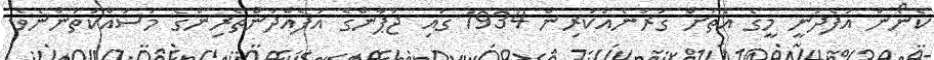
ކެނޯން އުފެދުނީ މީގެ އެތަށް ގަރުނެއްކުރިން 1934 ގައި ޖަޕާންގެ އުފެއްދުންތެރިންގެ މަސައްކަތުންނެވެ.